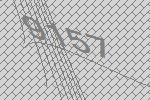
9157